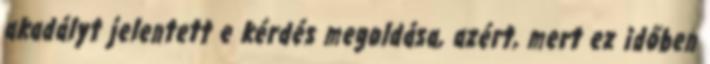
akadályt jelentett e kérdés megoldása, azért, mert ez időben